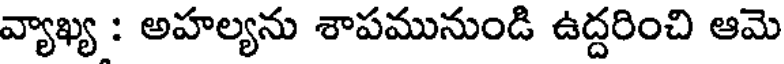
వ్యాఖ్య : అహల్యను శాపమునుండి ఉద్దరించి ఆమె